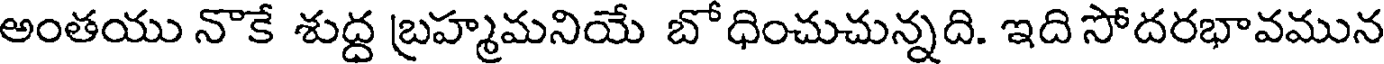
అంతయు నొకే శుద్ద బ్రహ్మమనియే బోధించుచున్నది. ఇది సోదరభావమున